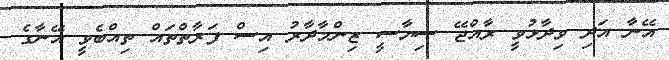
އޭނާ އަދި ވިދާޅުވީ ރާއްޖޭ ސިޔާސީ ޒިންމާދާރު އިސް ފަރާތްތައް ތިއްބެވީ އޭނާގެ